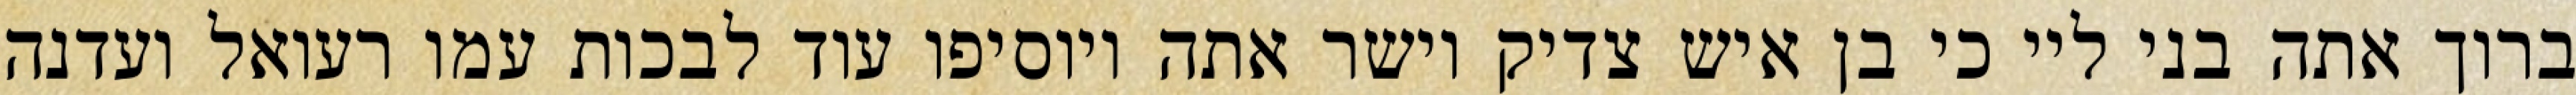
ברוך אתה בני ליי כי בן איש צדיק וישר אתה ויוסיפו עוד לבכות עמו רעואל ועדנה